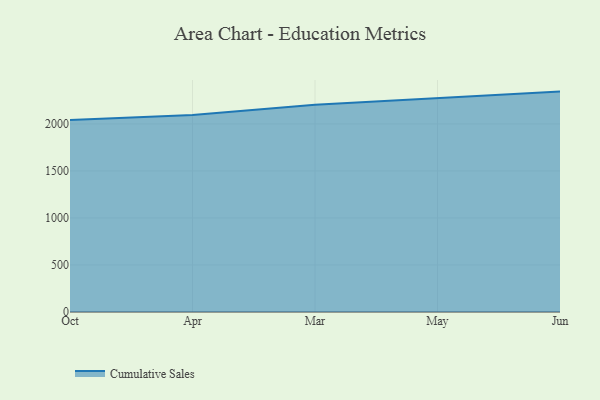
{"axis": {"x": "Month", "y": "LTV (USD)"}, "legend": ["Cumulative Sales"], "data": [{"x": "Oct", "y": 2040.7, "type": "Cumulative Sales"}, {"x": "Apr", "y": 2094.5, "type": "Cumulative Sales"}, {"x": "Mar", "y": 2204.9, "type": "Cumulative Sales"}, {"x": "May", "y": 2274.4, "type": "Cumulative Sales"}, {"x": "Jun", "y": 2343.9, "type": "Cumulative Sales"}]}